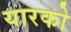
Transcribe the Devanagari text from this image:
यारको